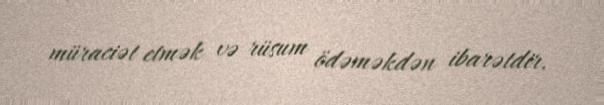
müraciət etmək və rüsum ödəməkdən ibarətdir.